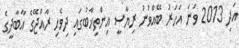
އަދި 2013 ވަނަ އަހަރު ބޭއްވުނު ރިޔާސީ އިންތިޚާބުގައި ދިވެހި ރާއްޖޭގެ އާބާދީގެ